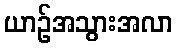
ယာဉ်အသွားအလာ